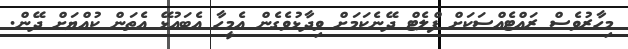
މިހާރުވެސް ރައްޓެއްސަކަށް ފްލެޓް ދޭނެކަމަށް ވިދާޅުވެގެން އެމީހާ އެބައުޅޭ އެތަން ކުއްޔަށް ދޭން.